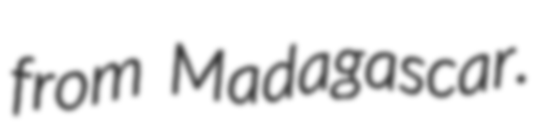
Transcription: from Madagascar.